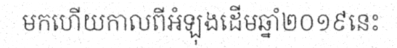
មកហើយកាលពីអំឡុងដើមឆ្នាំ២០១៩នេះ